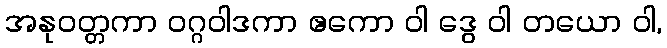
အနုဝတ္တကာ ဝဂ္ဂဝါဒကာ ဧကော ဝါ ဒွေ ဝါ တယော ဝါ,